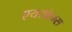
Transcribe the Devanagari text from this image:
एयरफ्रेम्स